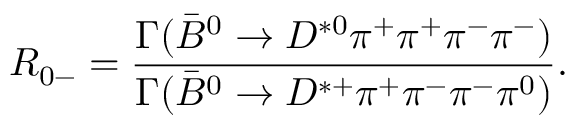
R _ { 0 - } = { \frac { \Gamma ( \bar { B } ^ { 0 } \rightarrow D ^ { * 0 } \pi ^ { + } \pi ^ { + } \pi ^ { - } \pi ^ { - } ) } { \Gamma ( \bar { B } ^ { 0 } \rightarrow D ^ { * + } \pi ^ { + } \pi ^ { - } \pi ^ { - } \pi ^ { 0 } ) } } .